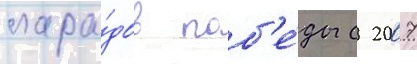
пара́дов поб'е́ды с 2007